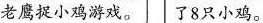
老鹰捉小鸡游戏。 了8只小鸡。